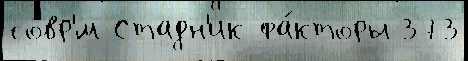
совр'́м Стадн'ик фа́кторы 373